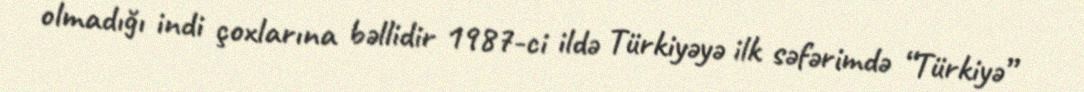
olmadığı indi çoxlarına bəllidir 1987-ci ildə Türkiyəyə ilk səfərimdə “Türkiyə”